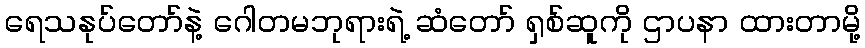
ရေသနုပ်တော်နဲ့ ဂေါတမဘုရားရဲ့ ဆံတော် ရှစ်ဆူကို ဌာပနာ ထားတာမို့